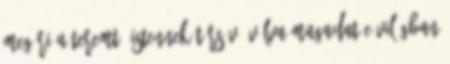
megéri a teremtő Istennek társává válva magadat e világban